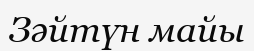
Зәйтүн майы